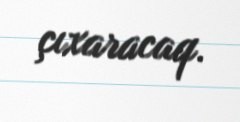
çıxaracaq.